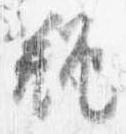
瓶